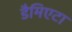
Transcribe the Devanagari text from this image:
डैमिएटा